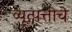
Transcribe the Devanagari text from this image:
व्यूत्पत्तीचे